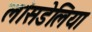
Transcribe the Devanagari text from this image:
लांसडेलिया